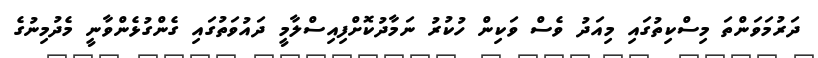
ދަރުމަވަންތަ މިސްކިތުގައި މިއަދު ވެސް ވަކިން ހުކުރު ނަމާދުކޮށްފިއިސްލާމީ ދައުވަތުގައި ގެންގުޅެންވާނީ މެދުމިނުގެ